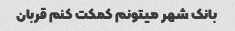
بانک شهر میتونم کمکت کنم قربان